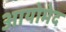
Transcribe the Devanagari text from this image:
आयोमेद